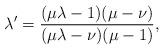
LaTeX: \begin{align*}\lambda' = \frac{(\mu \lambda - 1)(\mu-\nu)}{(\mu \lambda - \nu)(\mu-1)},\end{align*}